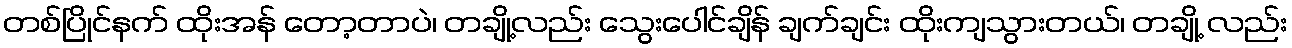
တစ်ပြိုင်နက် ထိုးအန် တော့တာပဲ၊ တချို့လည်း သွေးပေါင်ချိန် ချက်ချင်း ထိုးကျသွားတယ်၊ တချို့ လည်း